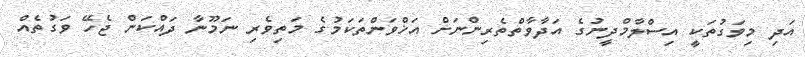
އަދި މިވަގުތަކީ އިސްލާމްދީނުގެ އަދާވާތްތެރިންނަށް އަޚްވަންތަކަމުގެ މަތިވެރި ނަމޫނާ ދައްކަން ޖެހޭ ވަގުތެއް